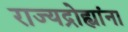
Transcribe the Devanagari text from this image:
राज्यद्रोह्यांना